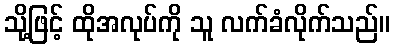
သို့ဖြင့် ထိုအလုပ်ကို သူ လက်ခံလိုက်သည်။